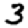
Digit: 3